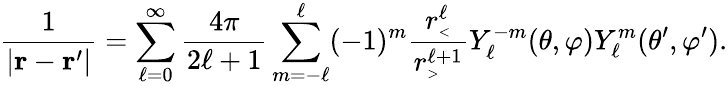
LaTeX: {\frac{1}{|\mathbf{r}-\mathbf{r}^{\prime}|}}=\sum_{\ell=0}^{\infty}{\frac{4\pi}{2\ell+1}}\sum_{m=-\ell}^{\ell}(-1)^{m}{\frac{r_{\scriptscriptstyle<}^{\ell}}{r_{\scriptscriptstyle>}^{\ell+1}}}Y_{\ell}^{-m}(\theta,\varphi)Y_{\ell}^{m}(\theta^{\prime},\varphi^{\prime}).